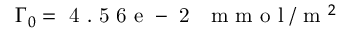
\Gamma _ { 0 } = \mathrm { ~ 4 ~ . ~ 5 ~ 6 ~ e ~ - ~ 2 ~ } ~ \mathrm { ~ m ~ m ~ o ~ l ~ } / \mathrm { ~ m ~ } ^ { 2 }